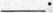
___.